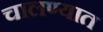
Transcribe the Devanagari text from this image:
चालण्यात